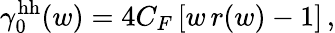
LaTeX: \gamma_{0}^{\mathrm{hh}}(w)=4C_{F}\left[w\, r(w)-1\right]\, ,